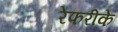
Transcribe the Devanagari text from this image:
रेफरीके